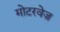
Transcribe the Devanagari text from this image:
मोटरवेज़